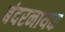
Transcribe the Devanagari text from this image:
बंदरनायक